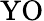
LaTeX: \mathrm{YO}